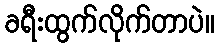
ခရီးထွက်လိုက်တာပဲ။